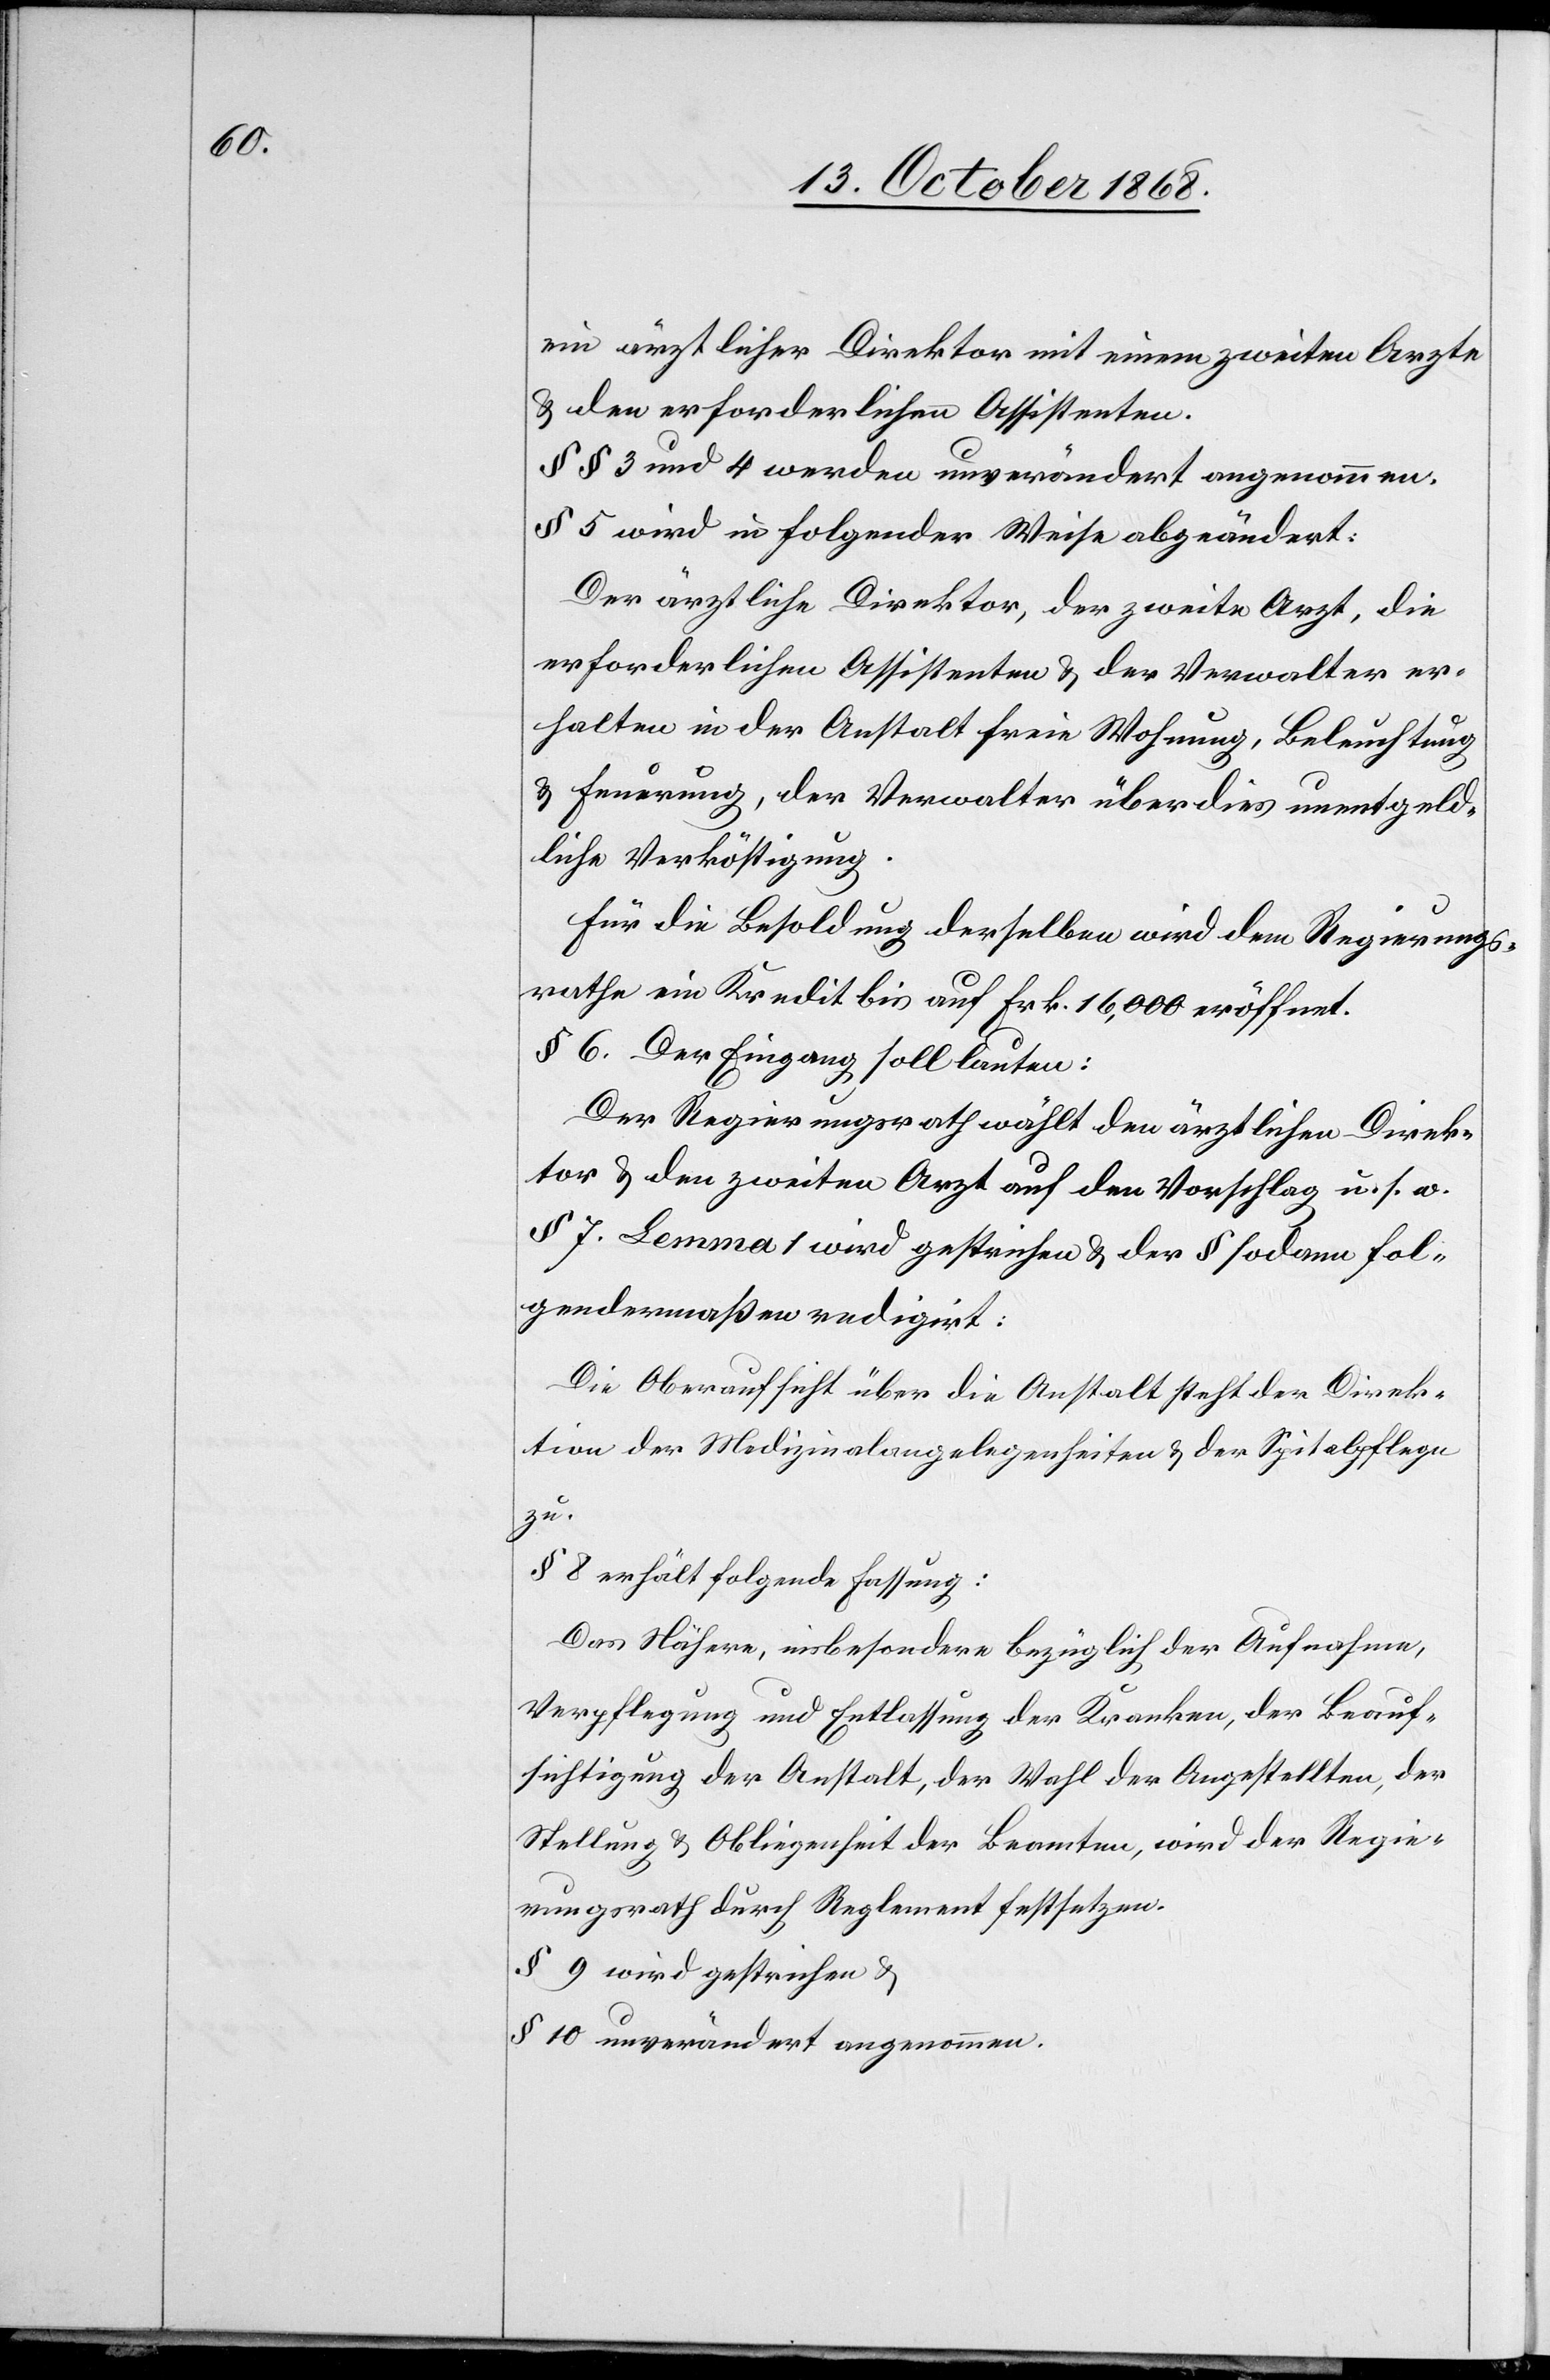
ein ärztlicher Direktor mit einem zweiten Arzte
& den erforderlichen Assistenten.
§§ 3 und 4 werden unverändert angenommen.
§ 5 wird in folgender Weise abgeändert:
Der ärztliche Direktor, der zweite Arzt, die
erforderlichen Assistenten & der Verwalter er¬
halten in der Anstalt freie Wohnung, Beleuchtung
& Feuerung, der Verwalter überdies unentgeld¬
liche Verköstigung.
Für die Besoldung derselben wird dem Regierungs¬
rathe ein Kredit bis auf Frk. 16,000 eröffnet.
§ 6. Der Eingang soll lauten:
Der Regierungsrath wählt den ärztlichen Direk¬
tor & den zweiten Arzt auf den Vorschlag u. s. w.
§ 7. Lemma 1 wird gestrichen & der § sodann fol¬
gendermaßen redigirt:
Die Oberaufsicht über die Anstalt steht der Direk¬
tion der Medizinalangelegenheiten & der Spitalpflege
zu.
§ 8 erhält folgende Fassung:
Das Nähere, insbesondere bezüglich der Aufnahme,
Verpflegung und Entlassung der Kranken, der Beauf¬
sichtigung der Anstalt, der Wahl der Angestellten, der
Stellung & Obliegenheit der Beamten, wird der Regie¬
rungsrath durch Reglement festsetzen.
§ 9 wird gestrichen &
§ 10 unverändert angenommen.